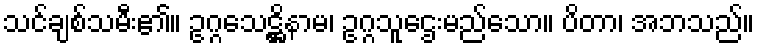
သင်ချစ်သမီး၏။ ဥဂ္ဂသေဋ္ဌိနာမ၊ ဥဂ္ဂသူဌေးမည်သော။ ပိတာ၊ အဘသည်။